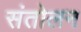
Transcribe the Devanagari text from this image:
संतोलन